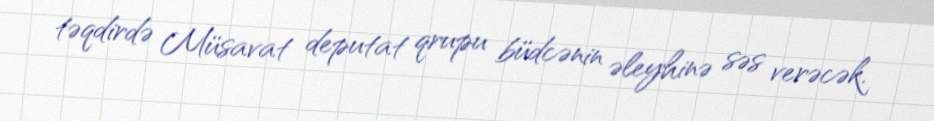
təqdirdə Müsavat deputat qrupu büdcənin əleyhinə səs verəcək.